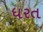
ધરત